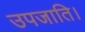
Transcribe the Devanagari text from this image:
उपजाति।